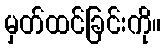
မှတ်ထင်ခြင်းကို။